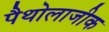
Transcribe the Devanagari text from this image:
पैथोलाजीक